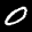
Label: 0